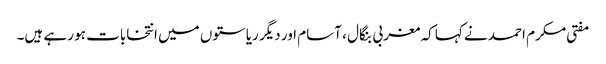
مفتی مکرم احمد نے کہا کہ مغربی بنگال ، آسام اور دیگر ریاستوں میں انتخابات ہو رہے ہیں۔